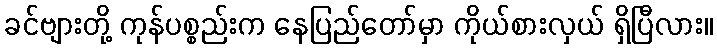
ခင်ဗျားတို့ ကုန်ပစ္စည်းက နေပြည်တော်မှာ ကိုယ်စားလှယ် ရှိပြီလား။